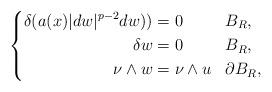
LaTeX: \begin{align*}\left\lbrace \begin{aligned}\delta ( a(x) \lvert dw \rvert^{p-2} dw) ) &= 0 && B_{R},\\\delta w &= 0 && B_{R}, \\\nu\wedge w &= \nu\wedge u && \partial B_{R},\end{aligned} \right. \end{align*}